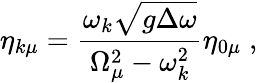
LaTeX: \eta_{k\mu}=\frac{\omega_{k}\sqrt{g\Delta\omega}}{\Omega_{\mu}^{2}-\omega_{k}^{2}}\eta_{0\mu}\; ,